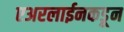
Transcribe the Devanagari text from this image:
एअरलाईनकडून